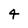
Character: 4